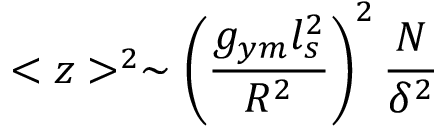
< z > ^ { 2 } \sim \left( { \frac { g _ { y m } l _ { s } ^ { 2 } } { R ^ { 2 } } } \right) ^ { 2 } { \frac { N } { \delta ^ { 2 } } }